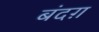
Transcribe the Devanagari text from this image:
बंदग़